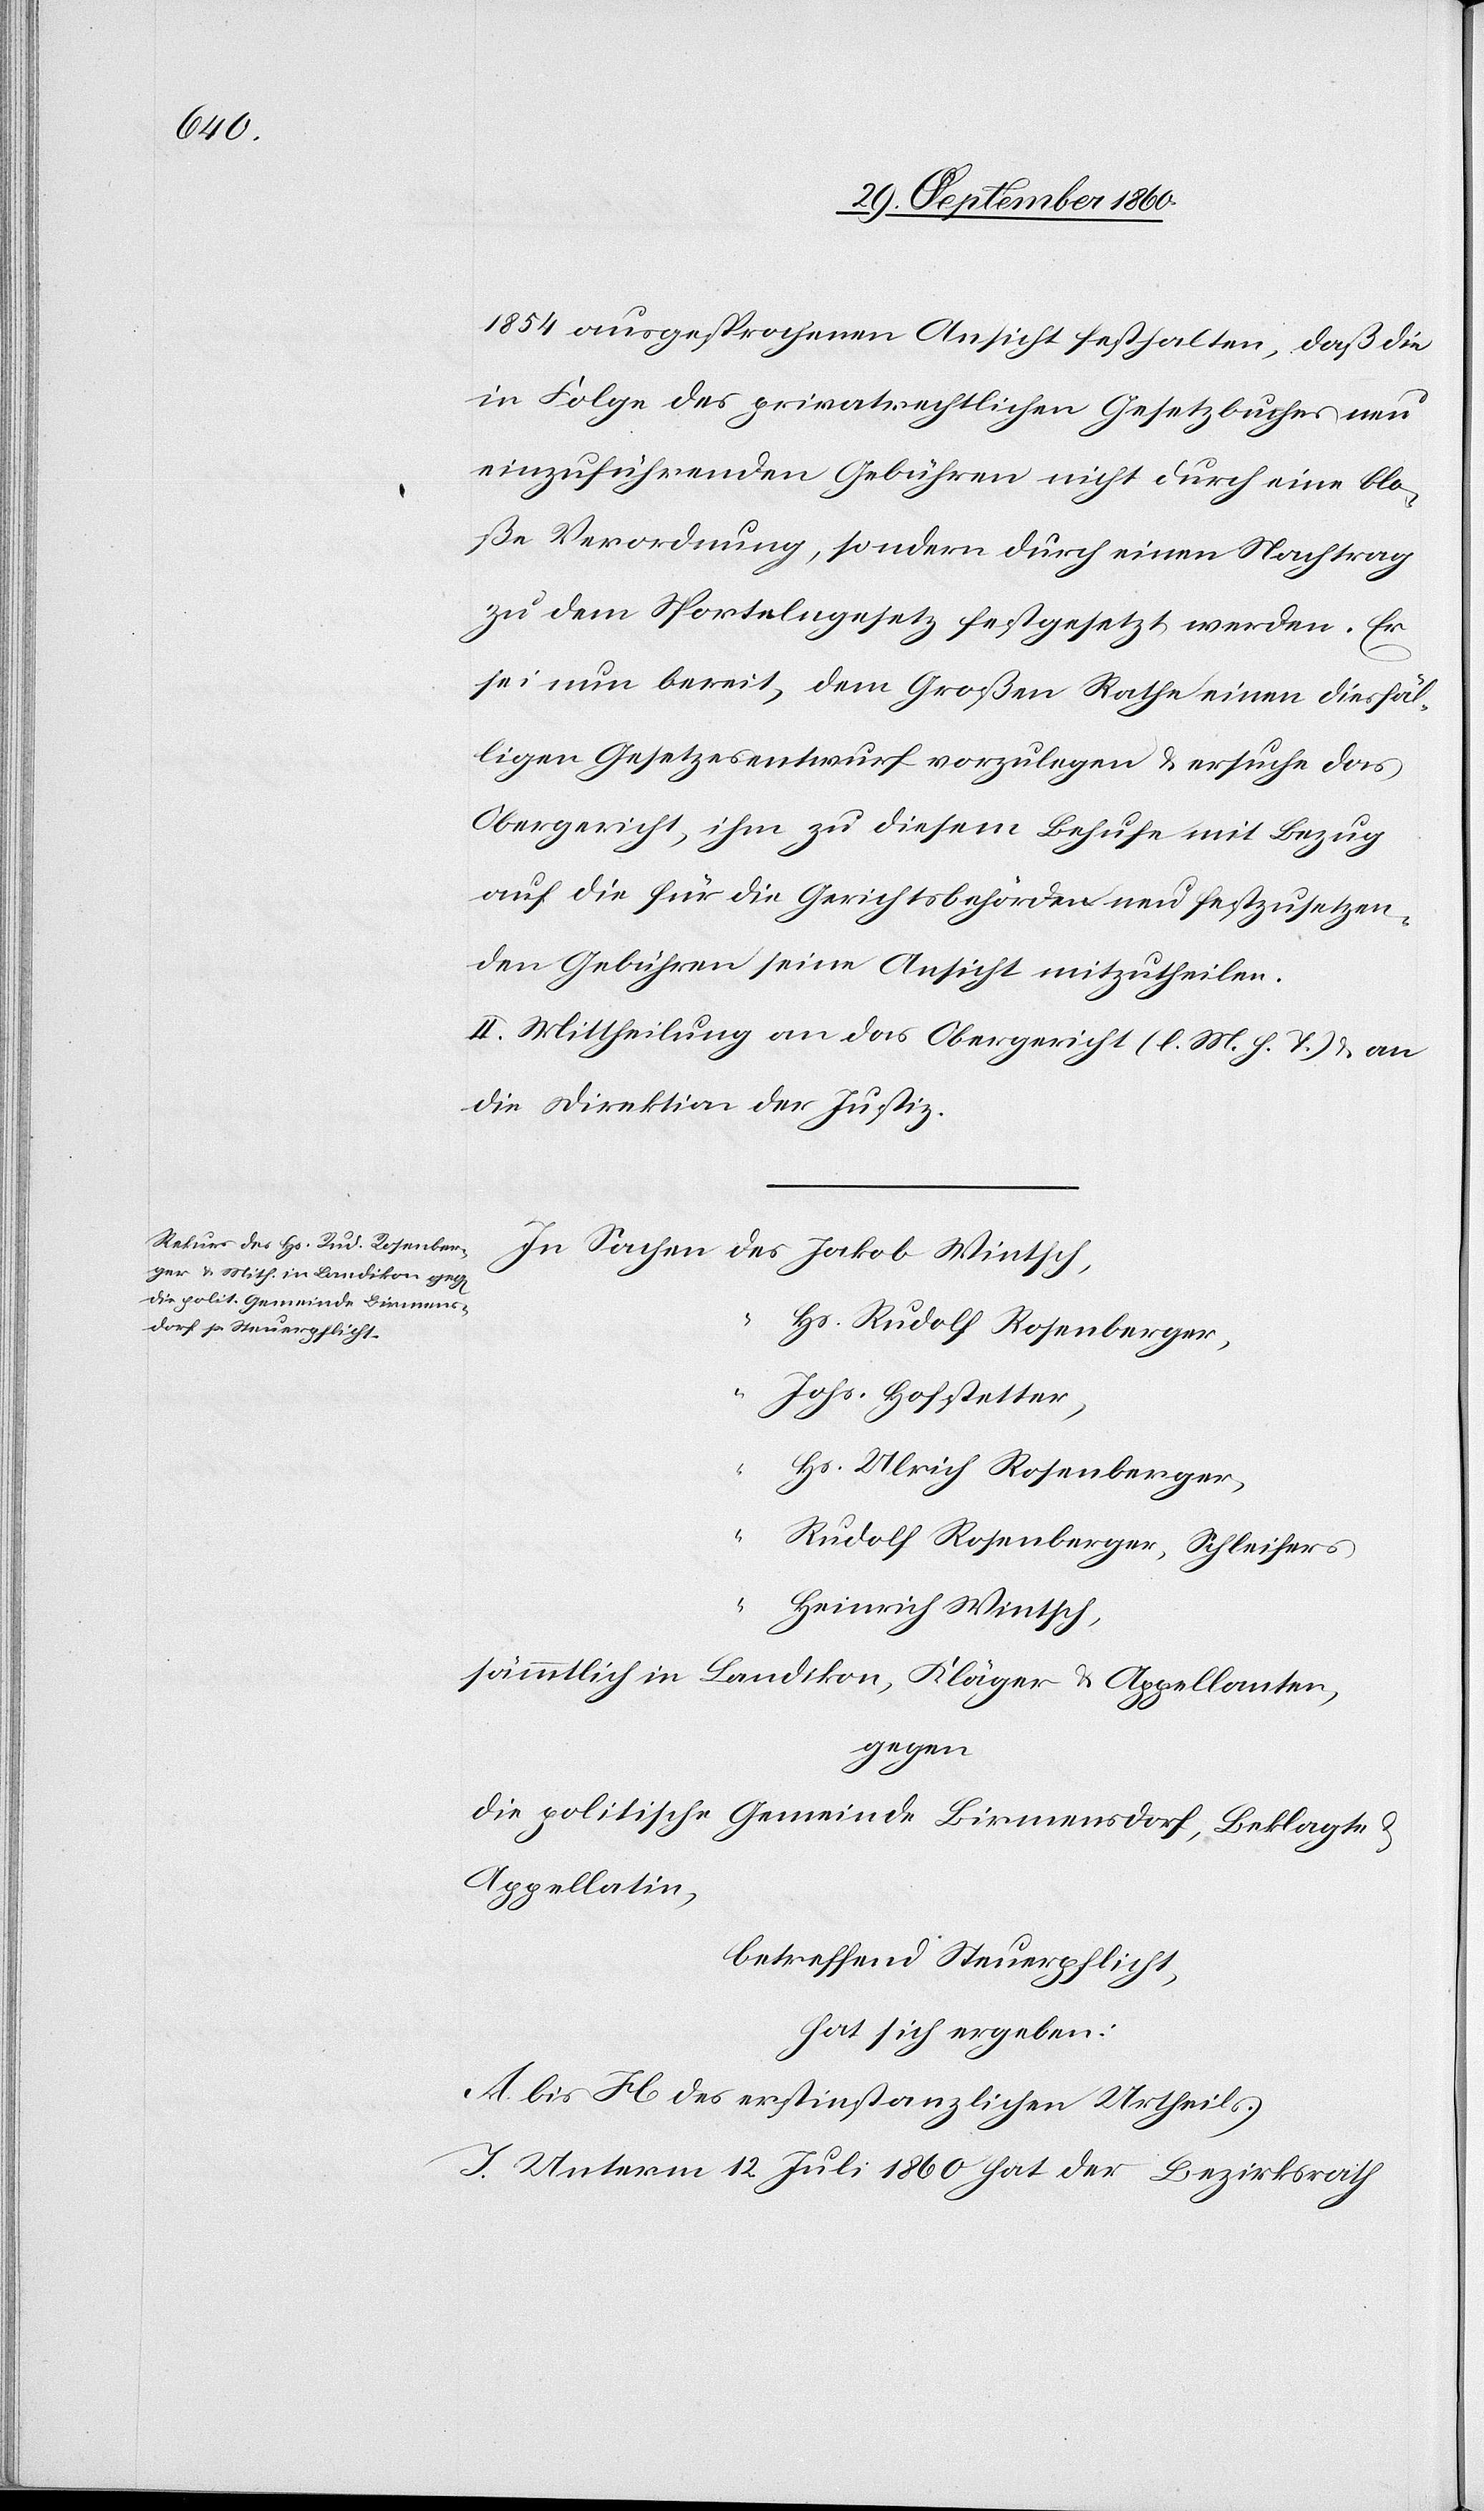
1854 ausgesprochenen Ansicht festhalten, daß die
in Folge des privatrechtlichen Gesetzbuches neu
einzuführenden Gebühren nicht durch eine blo¬
ße Verordnung, sondern durch einen Nachtrag
zu dem Sportelngesetz festgesetzt werden. Er
sei nun bereit, dem Großen Rathe einen diesfäl¬
igen Gesetzesentwurf vorzulegen u. ersuche das
Obergericht, ihm zu diesem Behufe mit Bezug
auf die für die Gerichtsbehörden neu festzusetzen¬
den Gebühren seine Ansicht mitzutheilen.
II. Mittheilung an das Obergericht (l. M. h. T.) u. an
die Direktion der Justiz.
Hs. Rudolf Rosenberger,
Johs. Hofstetter,
Hs. Ulrich Rosenberger,
Rudolf Rosenberger, Schleifers
Heinrich Wintsch,
sämmtlich in Landikon, Kläger u. Appellanten,
gegen
die politische Gemeinde Birmensdorf, Beklagte u.
Appellatin,
betreffend Steuerpflicht,
hat sich ergeben:
A. bis H. des erstinstanzlichen Urheils.
J. Unterm 12. Juli 1860 hat der Bezirksrath